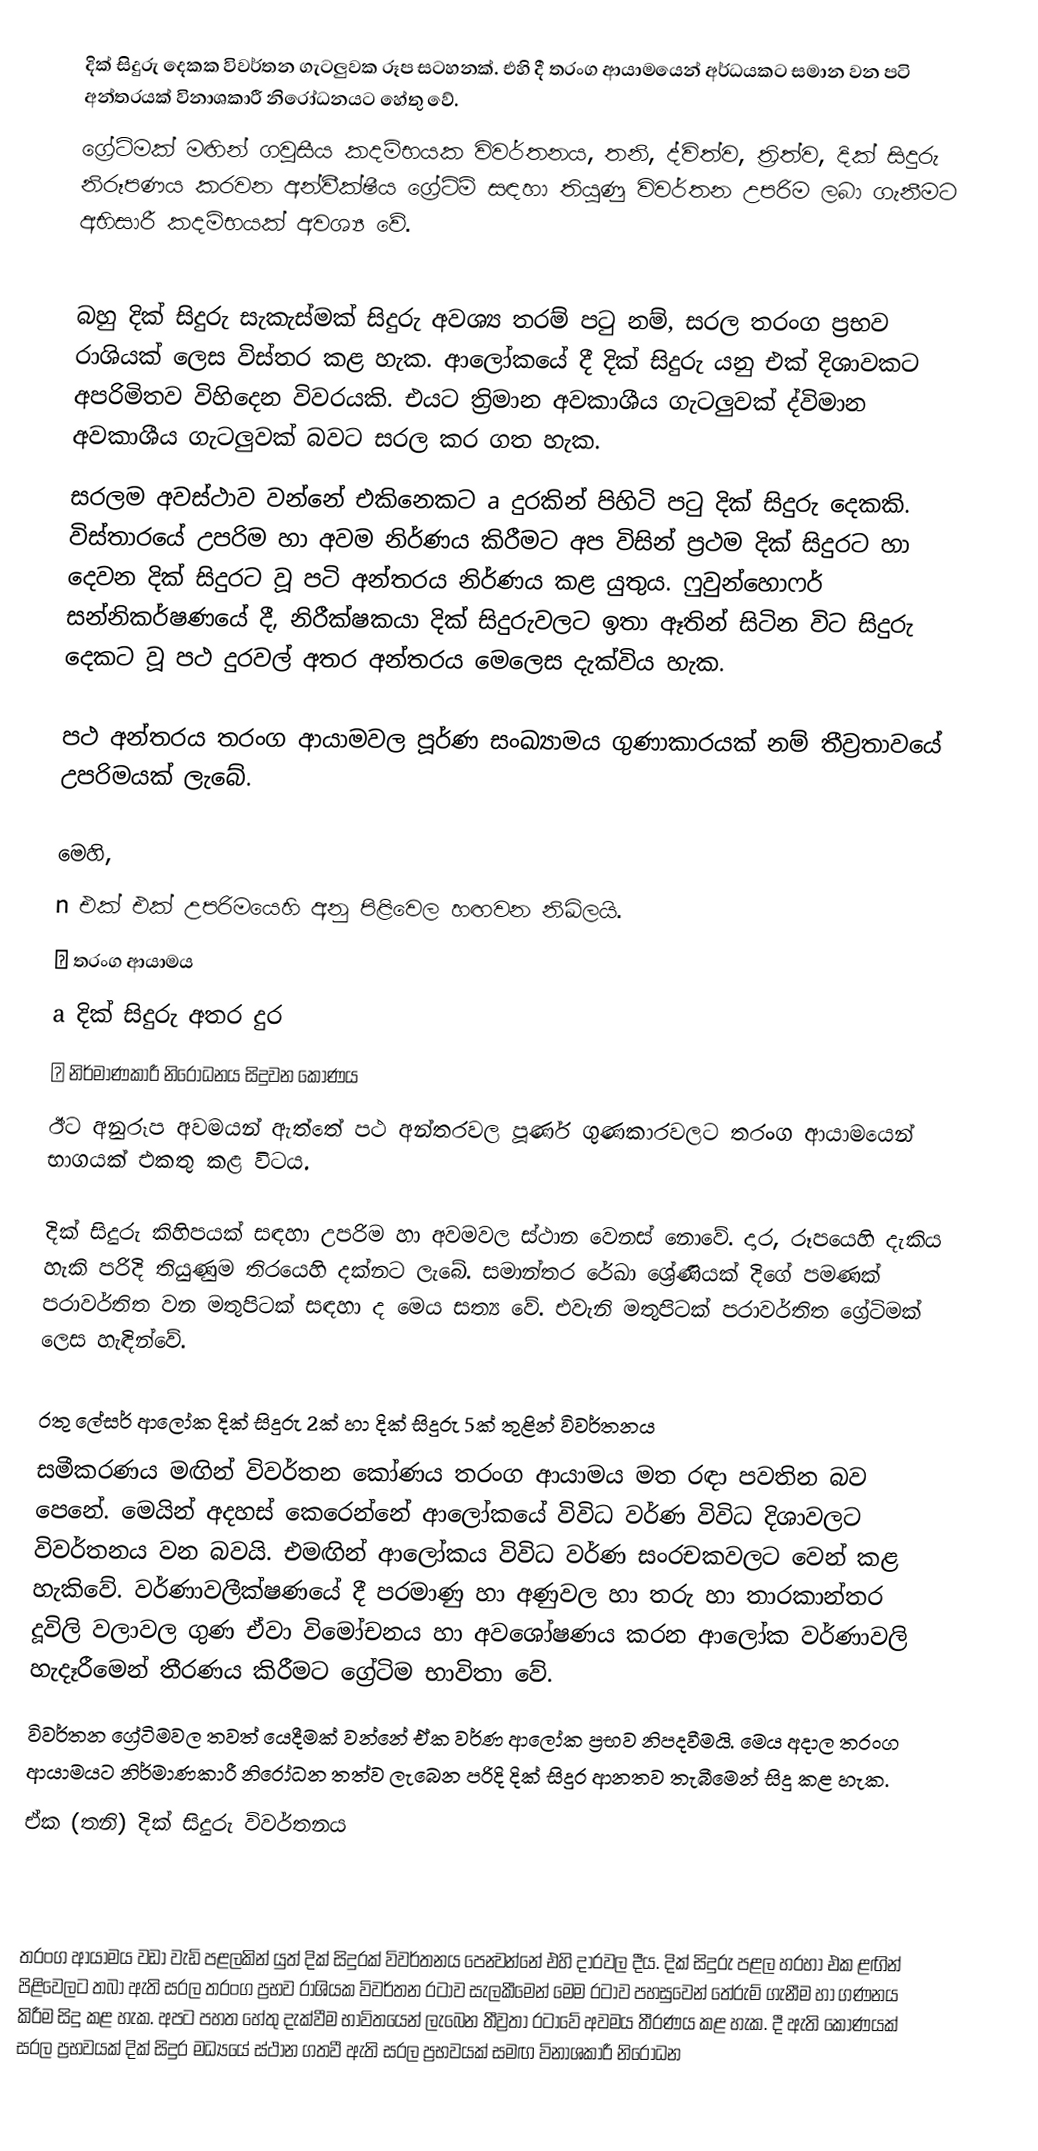
දික් සිදුරු දෙකක විවර්තන ගැටලුවක රූප සටහනක්. එහි දී තරංග ආයාමයෙන් අර්ධයකට සමාන වන පටි අන්තරයක් විනාශකාරී නිරෝධනයට හේතු‍ වේ.
ග්‍රේටිමක් මඟින් ගවුසීය කදම්භයක විවර්තනය, තනි, ද්විත්ව, ත්‍රිත්ව, දික් සිදුරු නිරූපණය කරවන අන්වීක්ෂීය ග්‍රේටිම් සඳහා තියුණු විවර්තන උපරිම ලබා ගැනීමට අභිසාරී කදම්භයක් අවශ්‍ය වේ.

බහු දික් සිදුරු සැකැස්මක් සිදුරු අවශ්‍ය තරම් පටු නම්, සරල තරංග ප්‍රභව රාශියක් ලෙස විස්තර කළ හැක. ආලෝකයේ දී දික් සිදුරු යනු එක් දිශාවකට අපරිමිතව විහිදෙන විවරයකි. එයට ත්‍රිමාන අවකාශීය ගැටලුවක් ද්විමාන අවකාශීය ගැටලුවක් බවට සරල කර ගත හැක.
සරලම අවස්ථාව වන්නේ එකිනෙකට a  දුරකින් පිහිටි පටු දික් සිදුරු දෙකකි. විස්තාරයේ උපරිම හා අවම නිර්ණය කිරීමට අප විසින් ප්‍රථම දික් සිදුරට හා දෙවන දික් සිදුරට වූ පටි අන්තරය නිර්ණය කළ යුතුය. ෆුවුන්හොෆර් සන්නිකර්ෂණයේ දී, නිරීක්ෂකයා දික් සිදුරුවලට ඉතා ඈතින් සිටින විට සිදුරු දෙකට වූ පථ දුරවල් අතර අන්තරය මෙලෙස දැක්විය හැක.

පථ අන්තරය තරංග ආයාමවල පූර්ණ සංඛ්‍යාමය ගුණාකාරයක් නම් තීව්‍රතාවයේ උපරිමයක් ලැබේ.

මෙහි,
n  එක් එක් උපරිමයෙහි අනු පිළිවෙල හඟවන නිඛිලයි.
λ තරංග ආයාමය
a  දික් සිදුරු අතර දුර
θ  නිර්මාණකාරී නිරෝධනය සිදුවන කෝණය
ඊට අනුරූප අවමයන් ඇත්තේ පථ අන්තරවල පූර්ණ ‍ගුණකාරවලට තරංග ආයාමයෙන් භාගයක්  එකතු කළ විටය.

දික් සිදුරු කිහිපයක් සඳහා උපරිම හා අවමවල ස්ථාන වෙනස් නොවේ. දාර, රූපයෙහි දැකිය හැකි පරිදි තියුණුම තිරයෙහි දක්නට ලැබේ. සමාන්තර රේඛා ශ්‍රේණියක් දිගේ පමණක් පරාවර්තිත වන මතුපිටක් සඳහා ද මෙය සත්‍ය වේ. එවැනි මතුපිටක් පරාවර්තිත ග්‍රේටිමක් ලෙස හැඳින්වේ.

රතු ලේසර් ආලෝක දික් සිදුරු 2ක් හා දික් සිදුරු 5ක් තුළින් විවර්තනය
සමීකරණය මඟින් විවර්තන කෝණය තරංග ආයාමය මත රඳා පවතින බව පෙනේ. මෙයින් අදහස් කෙරෙන්නේ ආලෝකයේ විවිධ වර්ණ විවිධ දිශාවලට විවර්තනය වන බවයි. එමඟින් ආලෝකය විවිධ වර්ණ සංරචකවලට වෙන් කළ හැකිවේ. වර්ණාවලීක්ෂණයේ දී පරමාණු හා අණුවල හා තරු හා තාරකාන්තර දූවිලි වලාවල ගුණ ඒවා විමෝචනය හා අවශෝෂණය කරන ආලෝක වර්ණාවලි හැදෑරීමෙන් තීරණය කිරීමට ග්‍රේටිම භාවිතා වේ.
විවර්තන ග්‍රේටිමවල තවත් යෙදීමක් වන්නේ ඒක වර්ණ ආලෝක ප්‍රභව නිපදවීමයි. මෙය අදාල තරංග ආයාමයට නිර්මාණකාරී නිරෝධන තත්ව ලැබෙන පරිදි දික් සිදුර ආනතව තැබීමෙන් සිදු කළ හැක.
ඒක (තනි) දික් සිදුරු විවර්තනය

තරංග ආයාමය වඩා වැඩි පළලකින් යුත් දික් සිදුරක් විවර්තනය පෙන්‍වන්නේ එහි දාරවල දීය. දික් සිදුරු පළල හරහා එක ළඟින් පිළිවෙලට තබා ඇති සරල තරංග ප්‍රභව රාශියක විවර්තන රටාව සැලකීමෙන් මෙම රටාව පහසුවෙන් තේරුම් ගැනීම හා ගණනය කිරීම සිදු කළ හැක. අපට පහත හේතු දැක්වීම භාවිතයෙන් ලැබෙන තීව්‍රතා රටාවේ අවමය තීරණය කළ හැක. දී ඇති කෝණයක් සරල ප්‍රභවයක් දික් සිදුර මධ්‍යයේ ස්ථාන ගතවී ඇති සරල ප්‍රභවයක් සමඟ විනාශකාරී නිරෝධන